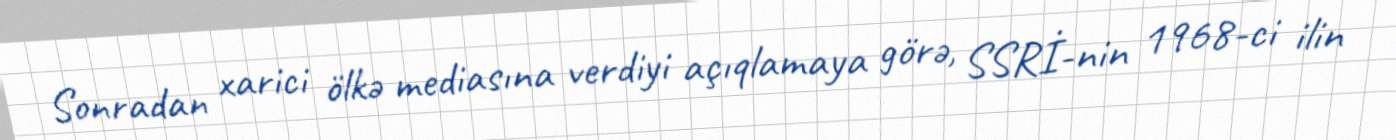
Sonradan xarici ölkə mediasına verdiyi açıqlamaya görə, SSRİ-nin 1968-ci ilin